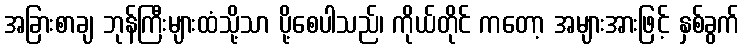
အခြားစာချ ဘုန်ကြီးများထံသို့သာ ပို့စေပါသည်၊ ကိုယ်တိုင် ကတော့ အများအားဖြင့် နှစ်ခွက်